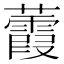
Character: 𧄁